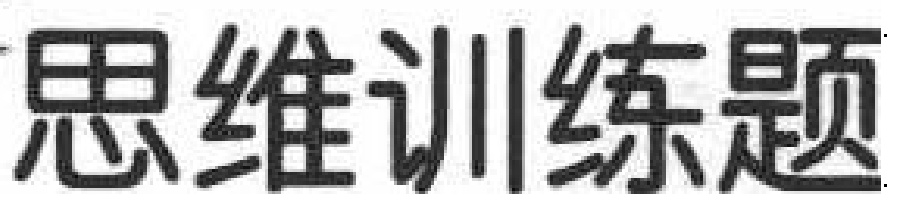
思维训练题